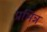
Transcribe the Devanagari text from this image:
प्रभिन्न